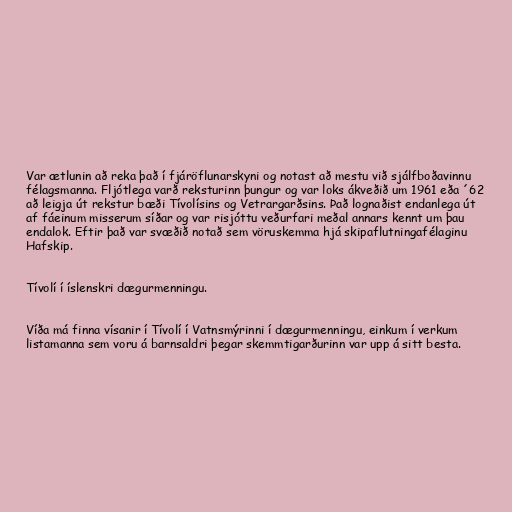
Var ætlunin að reka það í fjáröflunarskyni og notast að mestu við sjálfboðavinnu
félagsmanna. Fljótlega varð reksturinn þungur og var loks ákveðið um 1961 eða ´62
að leigja út rekstur bæði Tívolísins og Vetrargarðsins. Það lognaðist endanlega út
af fáeinum misserum síðar og var risjóttu veðurfari meðal annars kennt um þau
endalok. Eftir það var svæðið notað sem vöruskemma hjá skipaflutningafélaginu
Hafskip.

Tívolí í íslenskri dægurmenningu.

Víða má finna vísanir í Tívolí í Vatnsmýrinni í dægurmenningu, einkum í verkum
listamanna sem voru á barnsaldri þegar skemmtigarðurinn var upp á sitt besta.